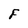
Character: F